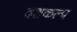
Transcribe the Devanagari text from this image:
दशकल्प